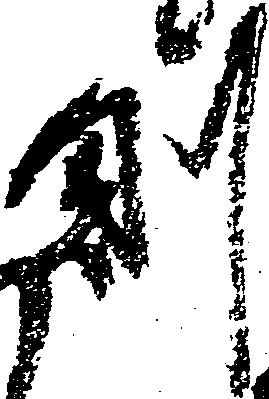
則